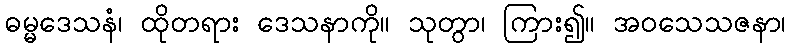
ဓမ္မဒေသနံ၊ ထိုတရား ဒေသနာကို။ သုတွာ၊ ကြား၍။ အဝသေသဇနာ၊